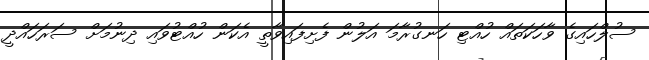
ސުލްހައިގެ ވާހަކަތައް ހުއްޓި ހަނގުރާމަ އަލުން ފެށިފައިވާތީ އެކަން ހުއްޓުވައި ދިނުމަށް ސަރަހައްދީ